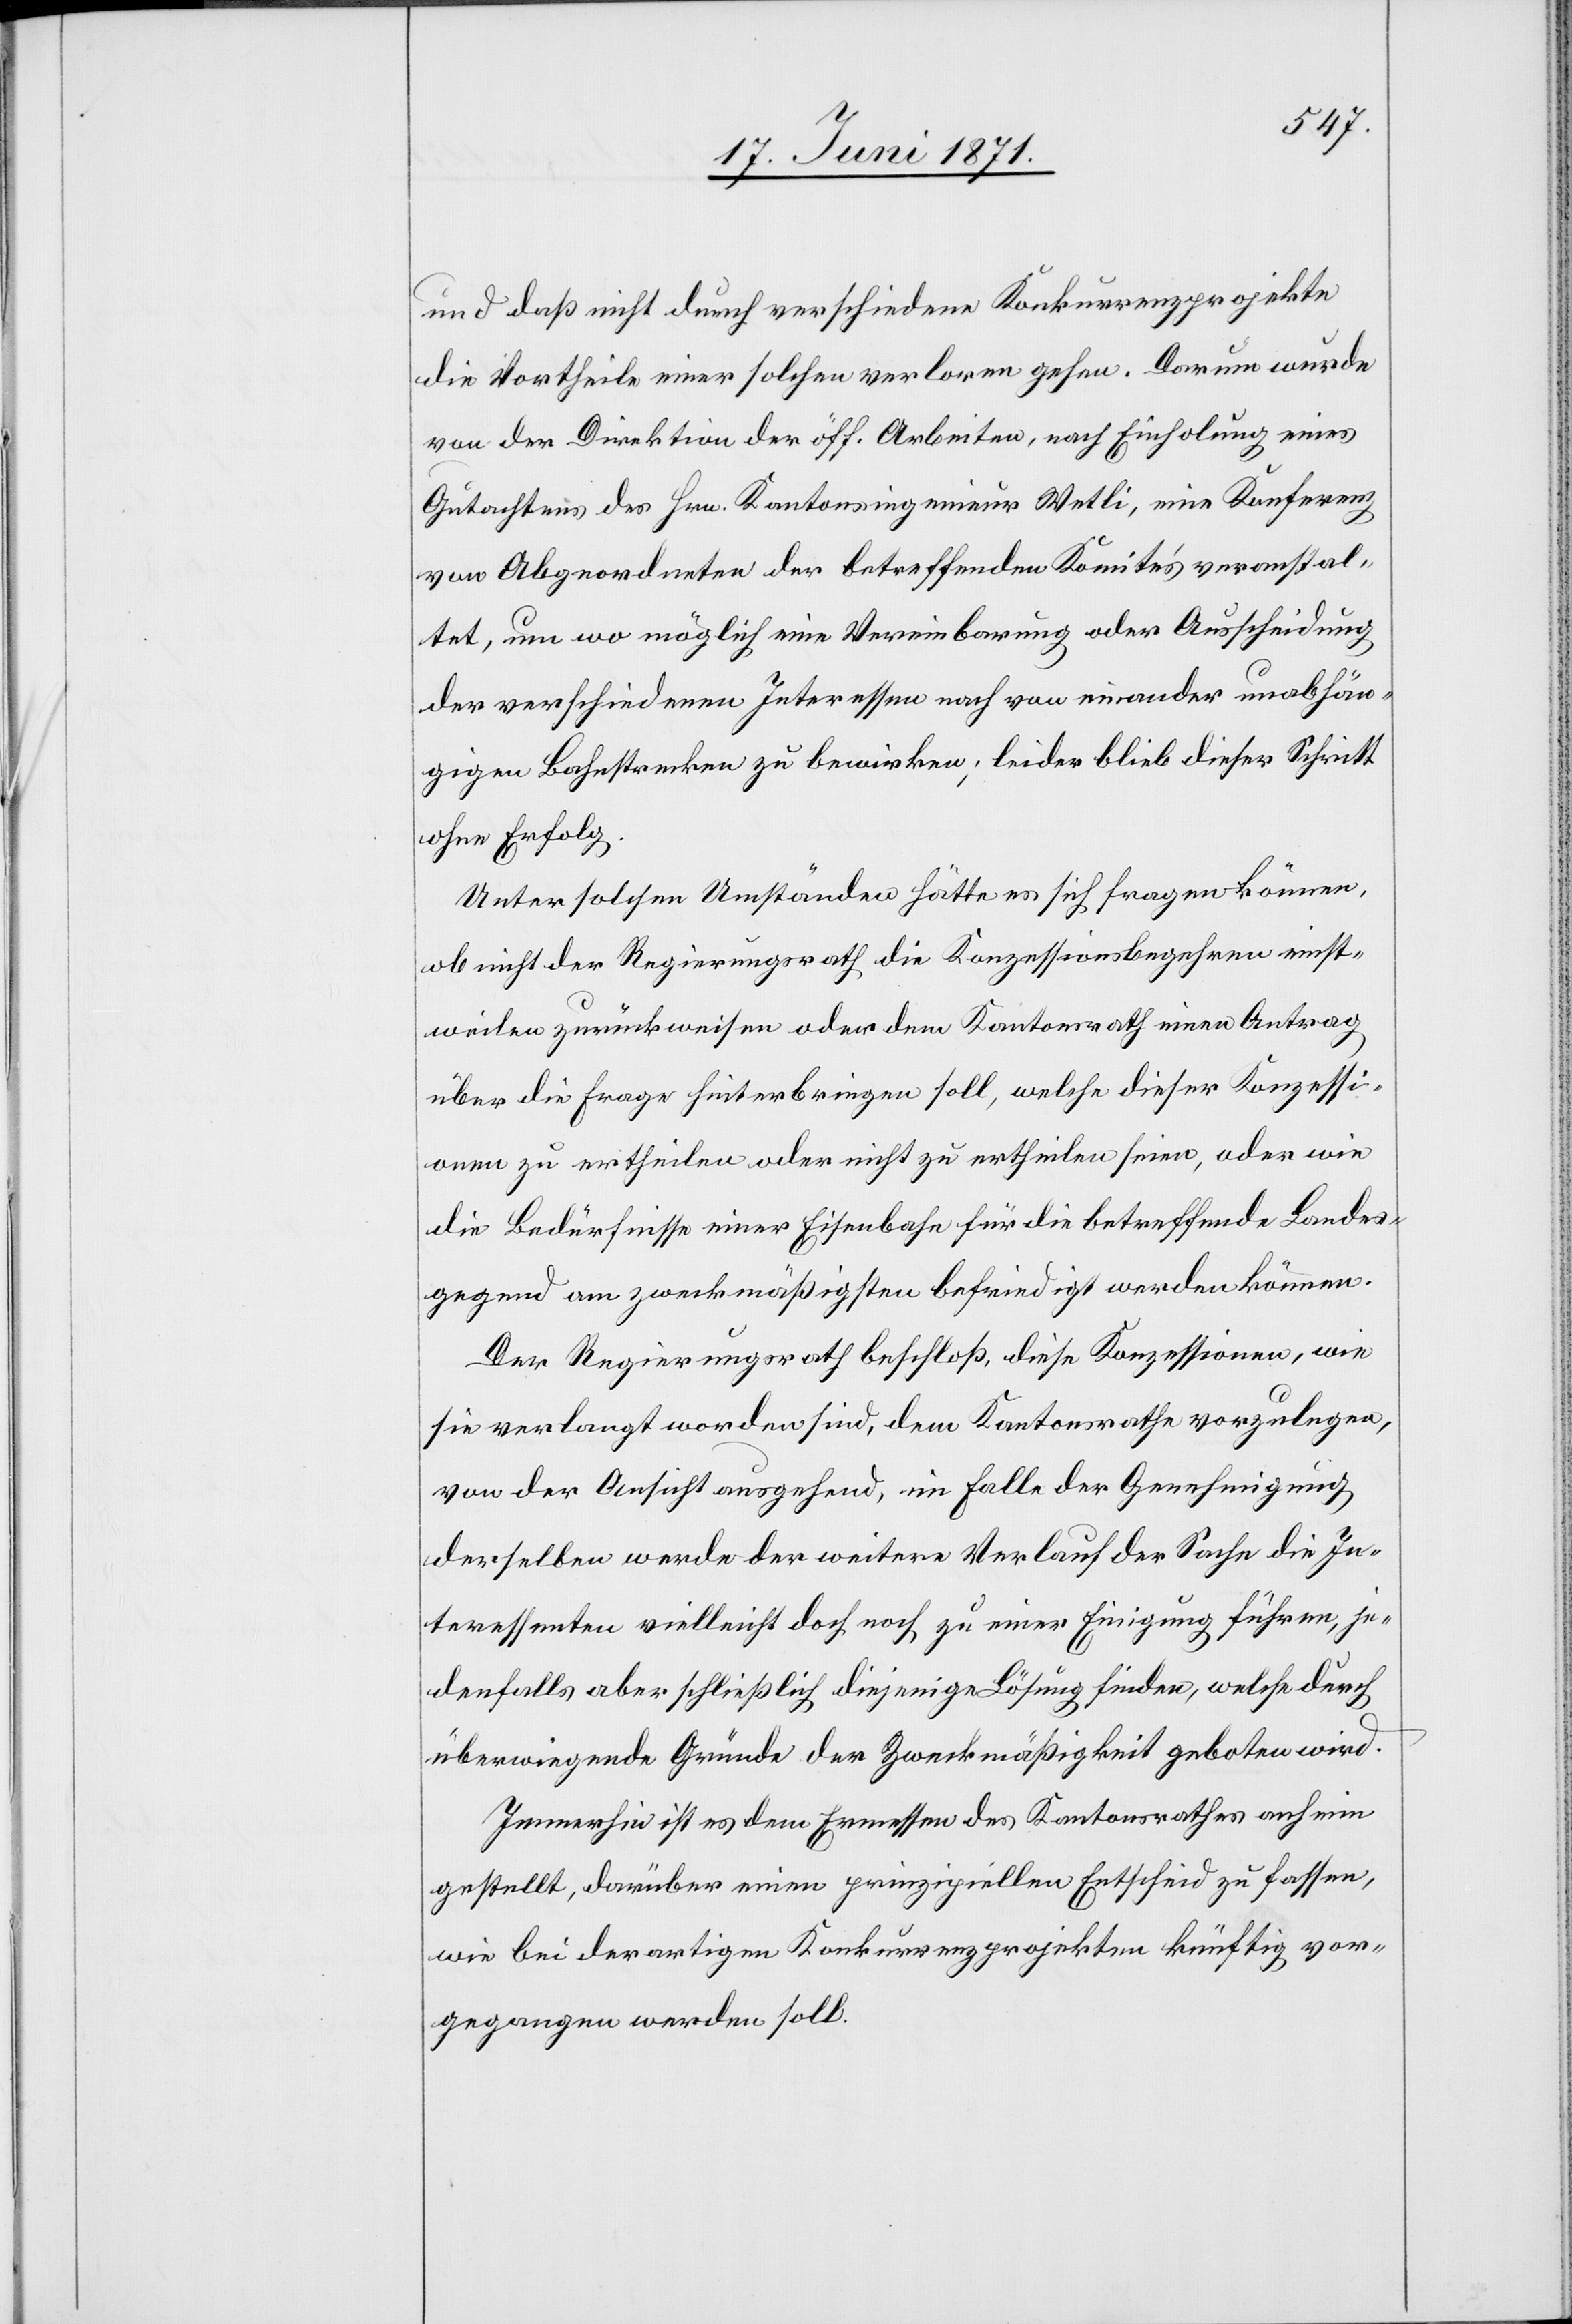
und daß nicht durch verschiedene Konkurrenzprojekte
die Vortheile einer solchen verloren gehen. Darum wurde
von der Direktion der öff. Arbeiten, nach Einholung eines
Gutachtens des Hrn. Kantonsingenieur Wetli, eine Konferenz
von Abgeordneten der betreffenden Komite’s veranstal¬
tet, um wo möglich eine Vereinbarung oder Ausscheidung
der verschiedenen Interessen nach von einander unabhän¬
gigen Bahnstrecken zu bewirken, leider blieb dieser Schritt
ohne Erfolg.
Unter solchen Umständen hätte es sich fragen können,
ob nicht der Regierungsrath die Konzessionsbegehren einst¬
weilen zurückweisen oder dem Kantonsrath einen Antrag
über die Frage hinterbringen soll, welche dieser Konzessi¬
onen zu ertheilen oder nicht zu ertheilen seien, oder wie
die Bedürfnisse einer Eisenbahn für die betreffende Landes¬
gegend am zweckmäßigsten befriedigt werden können.
Der Regierungsrath beschloß, diese Konzessionen, wie
sie verlangt worden sind, dem Kantonsrathe vorzulegen,
von der Ansicht ausgehend, im Falle der Genehmigung
derselben werde der weitere Verlauf der Sache die In¬
teressenten vielleicht doch noch zu einer Einigung führen, je¬
denfalls aber schließlich diejenige Lösung finden, welche durch
überwiegende Gründe der Zweckmäßigkeit geboten wird.
Immerhin ist es dem Ermessen des Kantonsrathes anheim
gestellt, darüber einen prinzipiellen Entscheid zu fassen,
wie bei derartigen Konkurrenzprojekten künftig vor¬
gegangen werden soll.